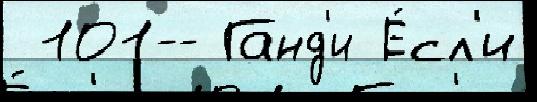
 101-- Ганд'и Е́сл'и